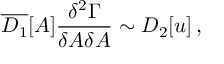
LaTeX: \overline { { { D _ { 1 } } } } [ A ] \frac { \delta ^ { 2 } \Gamma } { \delta A \delta A } \sim D _ { 2 } [ u ] \, ,